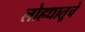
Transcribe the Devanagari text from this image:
लोहधातूचे